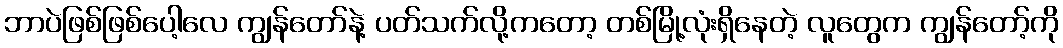
ဘာပဲဖြစ်ဖြစ်ပေါ့လေ ကျွန်တော်နဲ့ ပတ်သက်လို့ကတော့ တစ်မြို့လုံးရှိနေတဲ့ လူတွေက ကျွန်တော့်ကို